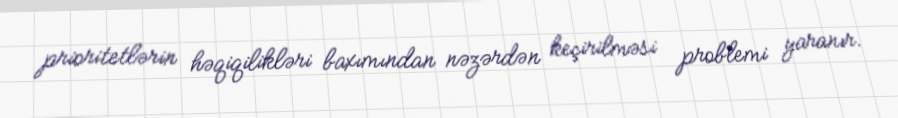
prioritetlərin həqiqilikləri baxımından nəzərdən keçirilməsi problemi yaranır.